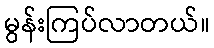
မွန်းကြပ်လာတယ်။